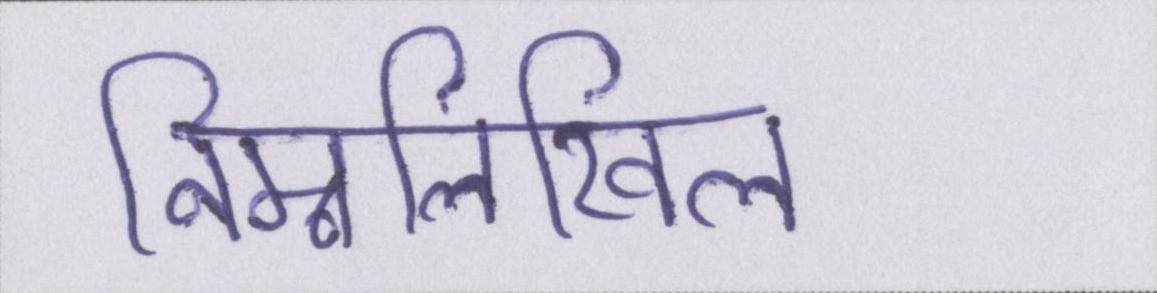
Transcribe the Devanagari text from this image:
निम्नलिखिल